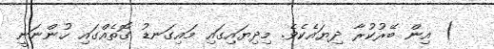
) އިން ބޭރުކުރާ ދިޔައެކެވެ. މިިދިޔައިގައި މައިގަނޑު ގޮތެއްގައި ހުންނަނީ